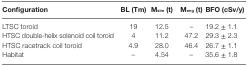
<table><thead><tr><td><b>Configuration</b></td><td><b>BL (Tm)</b></td><td><b>M<sub>sim</sub> (t)</b></td><td><b>M<sub>eng</sub> (t)</b></td><td><b>BFO (cSv/y)</b></td></tr></thead><tbody><tr><td>LTSC toroid</td><td>19</td><td>12.5</td><td>–</td><td>19.2 ± 1.1</td></tr><tr><td>HTSC double-helix solenoid coil toroid</td><td>4</td><td>11.2</td><td>47.2</td><td>29.3 ± 2.3</td></tr><tr><td>HTSC racetrack coil toroid</td><td>4.9</td><td>28.0</td><td>46.4</td><td>26.7 ± 1.1</td></tr><tr><td>Habitat</td><td>–</td><td>4.54</td><td>–</td><td>35.6 ± 1.8</td></tr></tbody></table>